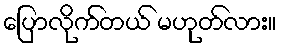
ပြောလိုက်တယ် မဟုတ်လား။